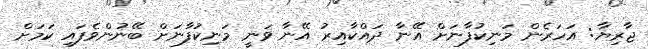
ޖާރިޔާ: އަހަރެން މަނިކުފާނަށް އޭނާ ދައްކާއިރު އޭނާ ވަނީ މަނިކުފާނަށް ބޭނުންވެފައި ކަމަށް